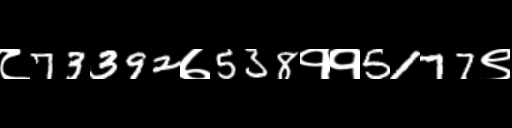
Text: ८73392७538११5177९